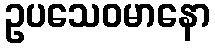
ဥပသေဝမာနော